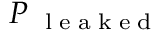
P _ { \mathrm { ~ \tiny ~ l ~ e ~ a ~ k ~ e ~ d ~ } }